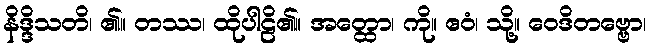
နိဒ္ဒိသတိ၊ ၏။ တဿ၊ ထိုပါဠိ၏။ အတ္ထော၊ ကို။ ဧဝံ၊ သို့။ ဝေဒိတဗ္ဗော၊